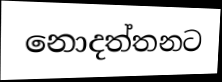
නොදත්තනට